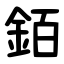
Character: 銆